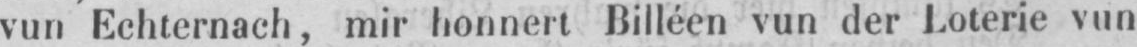
vun Echternach, mir honnert Billéen vun der Loterie vun